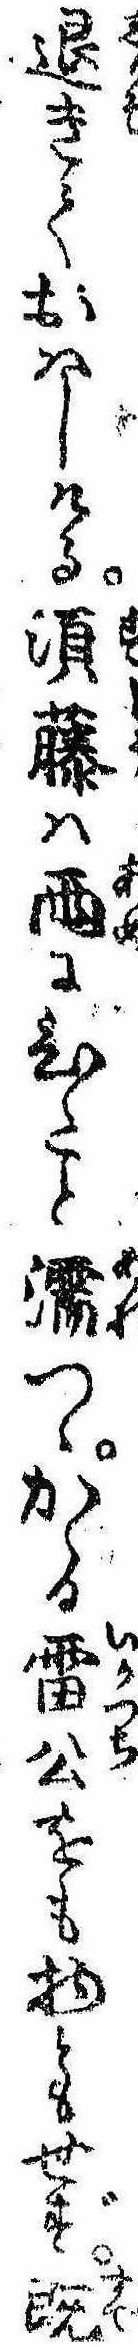
退きておはしける須藤は雨にひたと濡つゝかゝる雷公をも物ともせず既